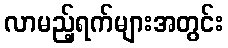
လာမည့်ရက်များအတွင်း